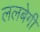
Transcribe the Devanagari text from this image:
ललबेगी